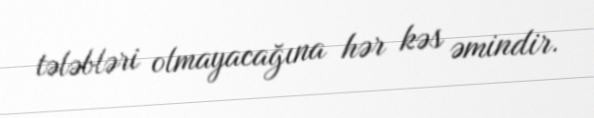
tələbləri olmayacağına hər kəs əmindir.